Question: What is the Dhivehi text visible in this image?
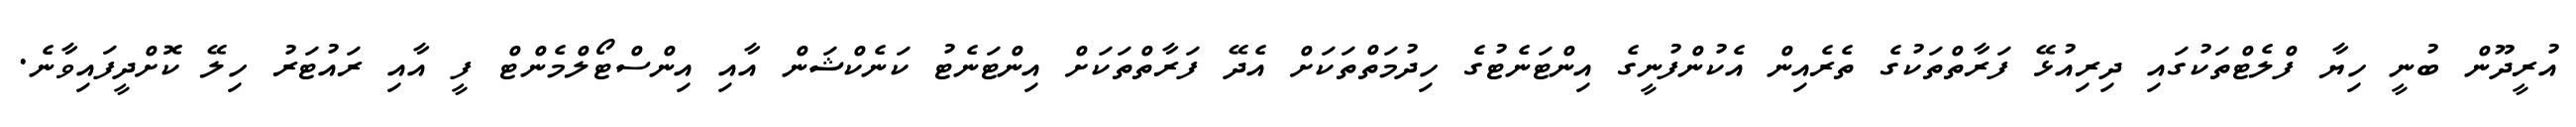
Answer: އުރީދޫން ބުނީ ހިޔާ ފްލެޓްތަކުގައި ދިރިއުޅޭ ފަރާތްތަކުގެ ތެރެއިން އެކުންފުނީގެ އިންޓަނެޓުގެ ހިދުމަތްތަކަށް އެދޭ ފަރާތްތަކަށް އިންޓަނެޓު ކަނެކްޝަން އާއި އިންސްޓޯލްމެންޓް ފީ އާއި ރައުޓަރު ހިލޭ ކޮށްދީފައިވާނެ.